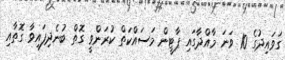
ގަވައިދުގެ 10 ވަނަ މާއްދާގައި ޕާޓީން މަސައްކަތް ކުރަންވީ ގޮތް ބުނެދިފައިވާ ގޮތާއި